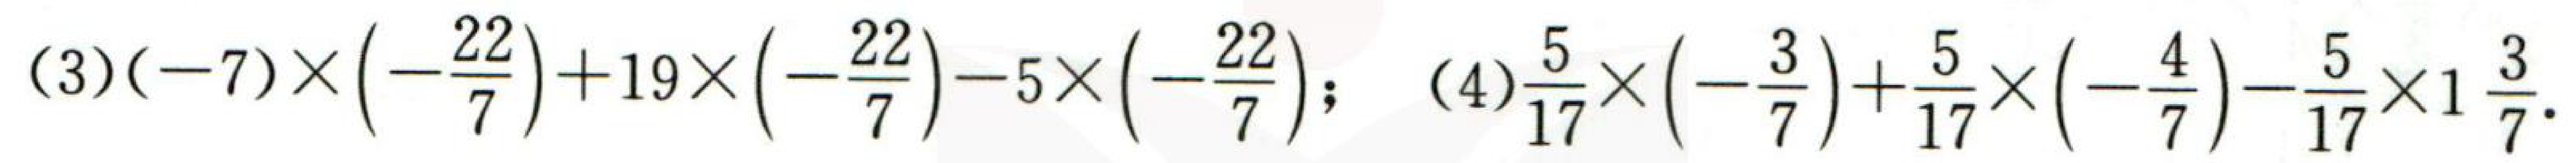
(3)$(-7)\times\left(-\dfrac{22}{7}\right)+19\times\left(-\dfrac{22}{7}\right)-5\times\left(-\dfrac{22}{7}\right)$;
(4)$\dfrac{5}{17}\times\left(-\dfrac{3}{7}\right)+\dfrac{5}{17}\times\left(-\dfrac{4}{7}\right)-\dfrac{5}{17}\times1\dfrac{3}{7}$.